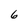
Character: 6